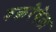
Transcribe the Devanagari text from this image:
वक्ररेषेला